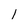
Character: 1